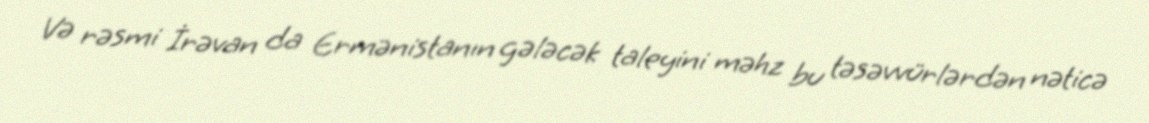
Və rəsmi İrəvan da Ermənistanın gələcək taleyini məhz bu təsəvvürlərdən nəticə